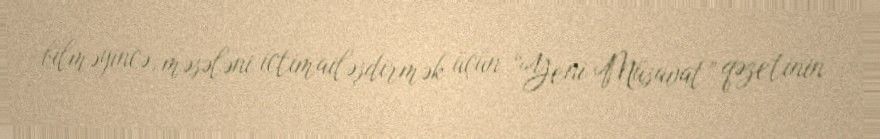
bilməyincə, məsələni ictimailəşdirmək üçün “Yeni Müsavat” qəzetinin